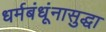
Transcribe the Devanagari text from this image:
धर्मबंधूंनासुद्धा